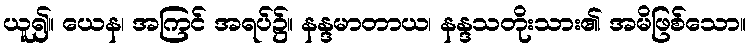
ယူ၍။ ယေန၊ အကြင် အရပ်၌။ နန္ဒမာတာယ၊ နန္ဒသတိုးသား၏ အမိဖြစ်သော။